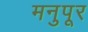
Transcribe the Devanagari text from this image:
मनुपूर